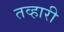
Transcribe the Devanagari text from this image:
तव्हारी